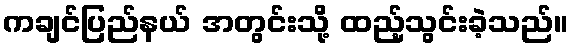
ကချင်ပြည်နယ် အတွင်းသို့ ထည့်သွင်းခဲ့သည်။